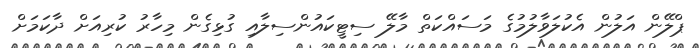
ޕްލޭން އަލުން އެކުލަވާލުމުގެ މަސައްކަތް މާލޭ ސިޓީކައުންސިލާއި ގުޅިގެން މިހާރު ކުރިއަށް ދާކަމަށް